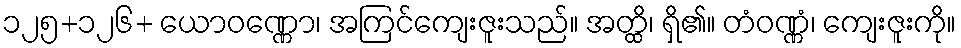
၁၂၅+၁၂၆+ ယောဝဏ္ဏော၊ အကြင်ကျေးဇူးသည်။ အတ္ထိ၊ ရှိ၏။ တံဝဏ္ဏံ၊ ကျေးဇူးကို။